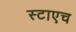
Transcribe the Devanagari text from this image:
स्टाएच